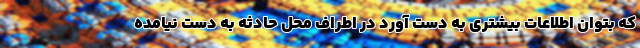
که بتوان اطلاعات بیشتری به دست آورد در اطراف محل حادثه به دست نیامده